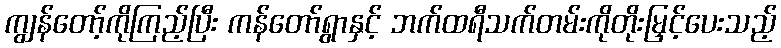
ကျွန်တော့်ကိုကြည့်ပြီး ကန်တော်ရွာနှင့် ဘက်ထရီသက်တမ်းကိုတိုးမြှင့်ပေးသည့်